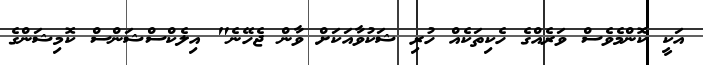
އަކީ ކޮންމެވެސް ވަރެއްގެ ހެކިތަކެއް ހުރި ޝަކުވާއަކަށް ވާން ޖެހޭނެ" އިލެކްސްޝަންސް ކޮމިޝަންގެ